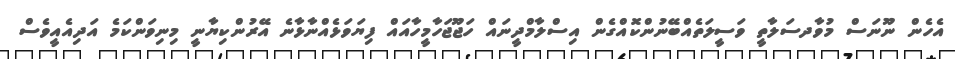
އެހެން ނޫނަސް މުވާދސަލާތީ ވަސީލަތެއްބޭނުންކޮއްގެން އިސްލާމްދީނައް ހަޖޫޖަހާމީހާއައް ފިޔަވަޅެއްނާޅާނެ އޭރުންކިޔާނީ މިނިވަންކަމެ އަދިއެއީވެސް